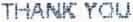
THANK YOU